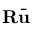
\mathbf { R } \bar { \mathbf { u } }